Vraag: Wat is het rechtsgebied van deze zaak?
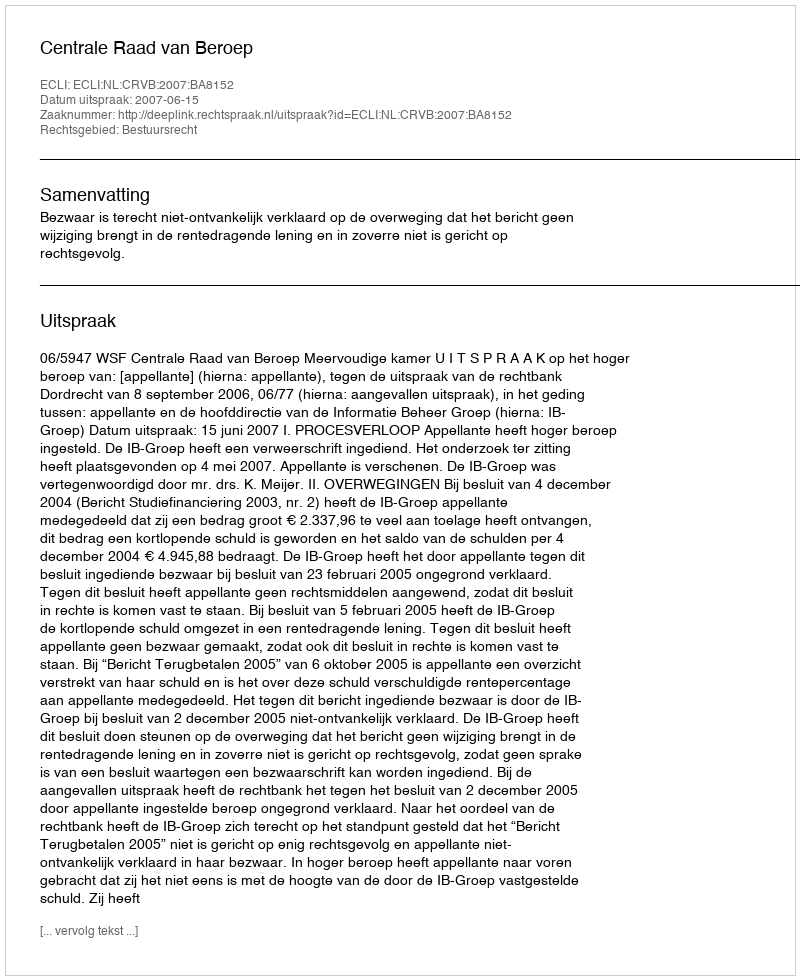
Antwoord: Bestuursrecht